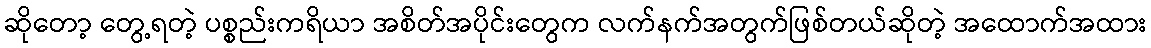
ဆိုတော့ တွေ့ရတဲ့ ပစ္စည်းကရိယာ အစိတ်အပိုင်းတွေက လက်နက်အတွက်ဖြစ်တယ်ဆိုတဲ့ အထောက်အထား